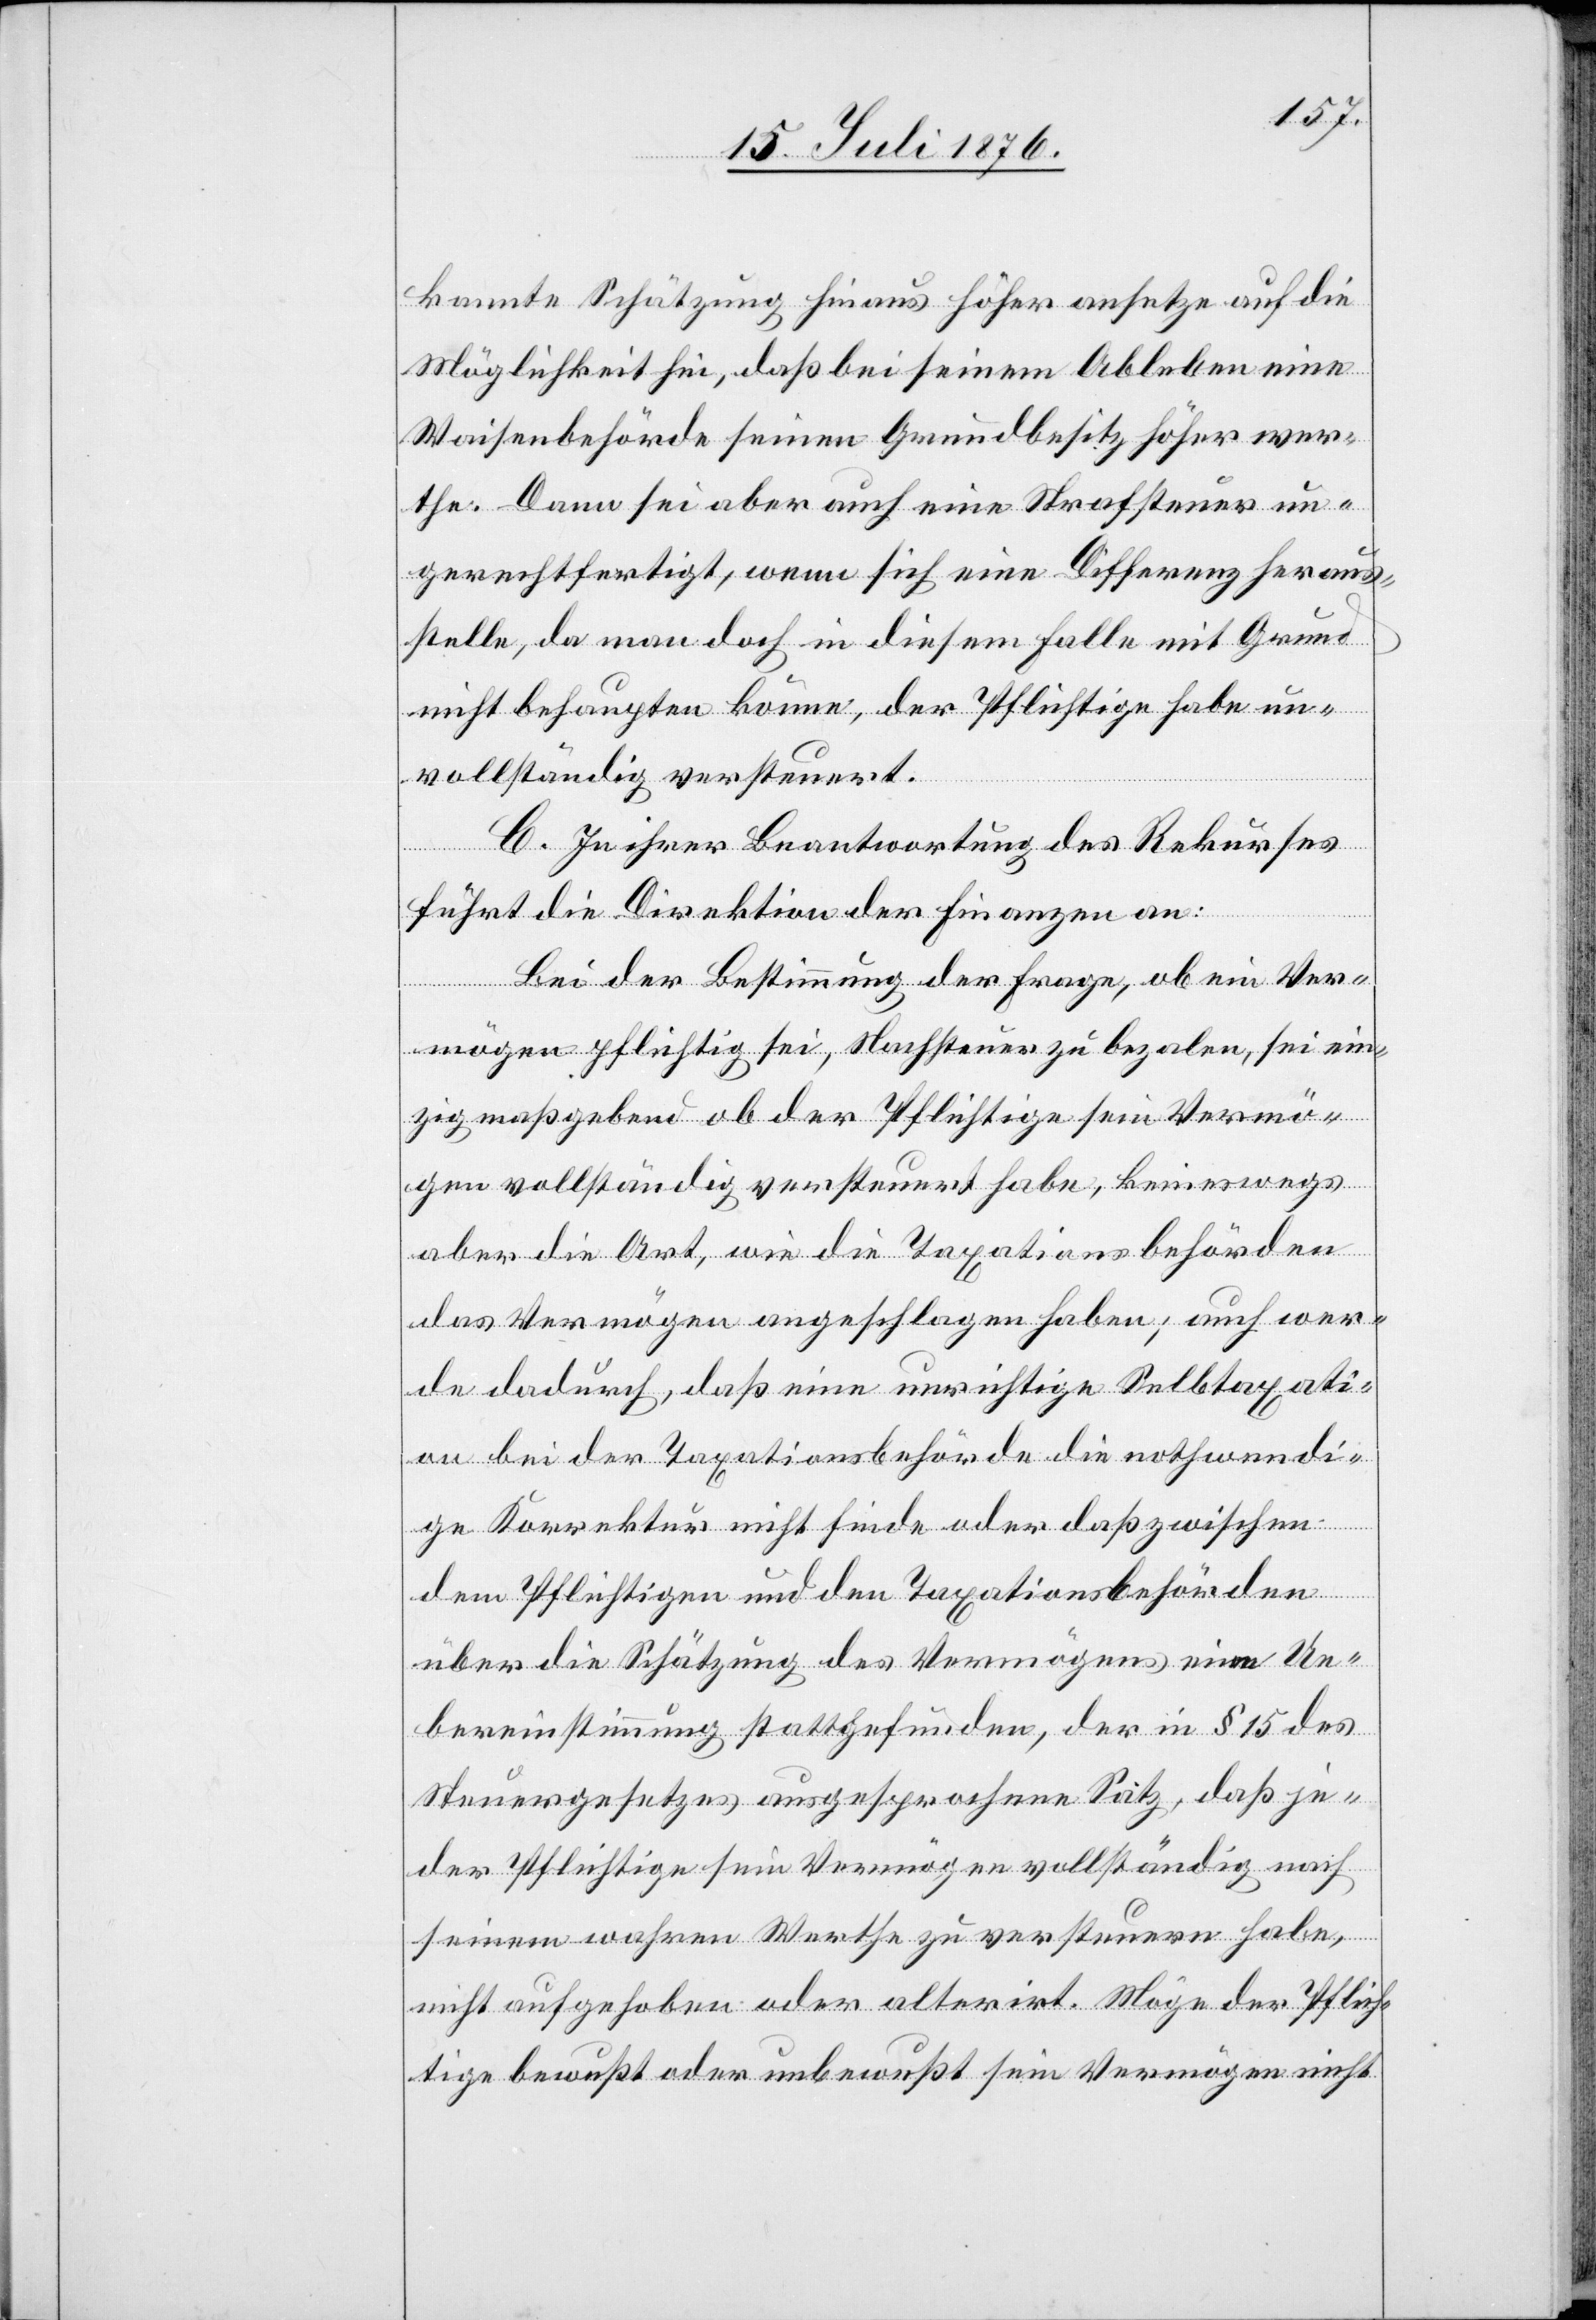
kannte Schätzung hinaus höher ansetze auf die
Möglichkeit hin, daß bei seinem Ableben eine
Waisenbehörde seinen Grundbesitz höher wer¬
the. Dann sei aber auch eine Strafsteuer un¬
gerechtfertigt, wenn sich eine Differenz heraus¬
stelle, da man doch in diesem Falle mit Grund
nicht behaupten könne, der Pflichtige habe un¬
vollständig versteuert.
C. In ihrer Beantwortung des Rekurses
führt die Direktion der Finanzen an:
Bei der Bestimmung der Frage, ob ein Ver¬
mögen pflichtig sei, Nachsteuern zu bezalen [sic!], sei ein¬
zig maßgebend ob der Pflichtige sein Vermö¬
gen vollständig versteuert habe, keineswegs
aber die Art, wie die Taxationsbehörden
das Vermögen angeschlagen haben; auch wer¬
de dadurch, das eine unrichtige Selbsttaxati¬
on bei der Taxationsbehörde die nothwendi¬
ge Korrektur nicht finde oder daß zwischen
dem Pflichtigen und den Taxationsbehörden
über die Schätzung des Vermögens eine Ue¬
bereinstimmung stattgefunden, der in § 15 des
Steuergesetzes ausgesprochene Satz, daß je¬
der Pflichtige sein Vermögen vollständig nach
seinem wahren Werthe zu versteuern habe,
nicht aufgehoben oder alterirt. Möge der Pflich¬
tige bewußt oder unbewußt sein Vermögen nicht